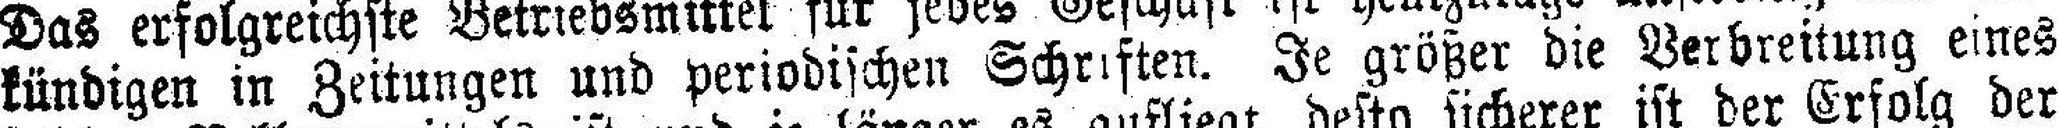
kündigen in Zeitungen und periodischen Schriften. Je größer die Verbreitung eines